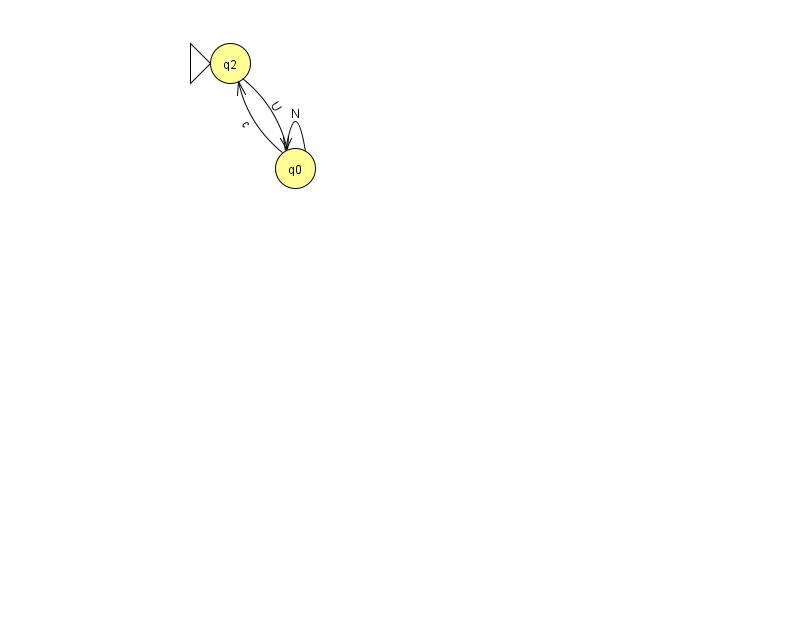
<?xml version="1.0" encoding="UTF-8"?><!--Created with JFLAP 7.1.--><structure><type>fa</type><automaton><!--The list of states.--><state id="0" name="q0"><x>295.0</x><y>155.0</y></state><state id="2" name="q2"><x>230.0</x><y>50.0</y><initial/></state><!--The list of transitions.--><transition><from>0</from><to>2</to><read>c</read></transition><transition><from>2</from><to>0</to><read>U</read></transition><transition><from>0</from><to>0</to><read>N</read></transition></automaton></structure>